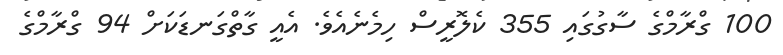
100 ގްރާމްގެ ސާގުގައި 355 ކެލޮރީސް ހިމެނެއެވެ. އެއީ ގާތްގަނޑަކަށް 94 ގްރާމްގެ